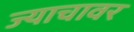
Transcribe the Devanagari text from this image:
ज्याचावर